Civil Veterinary Dept. Bombay admin report 1893-99 - 1893-1899
Year: 1893
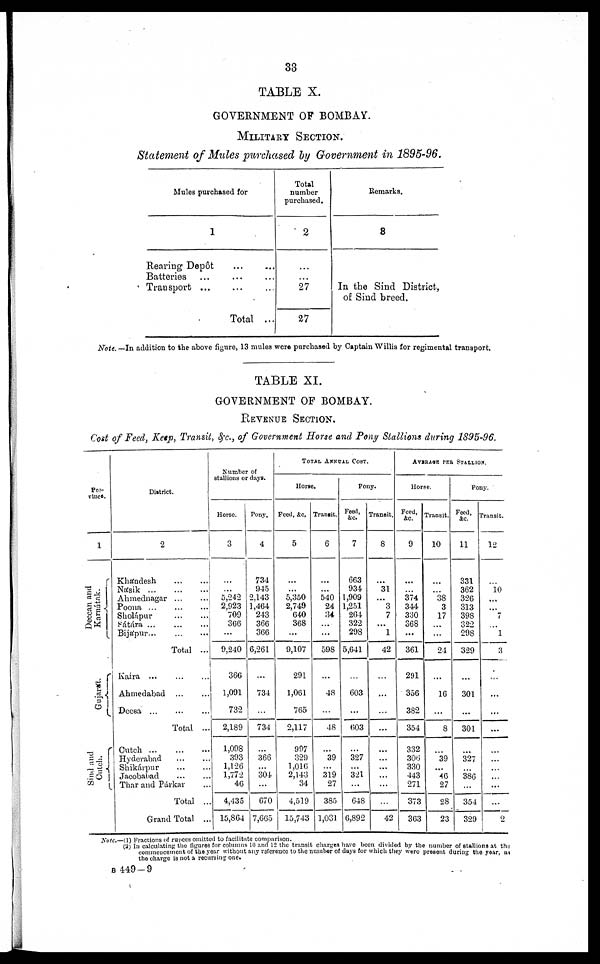
33
TABLE X.
GOVERNMENT OF BOMBAY.
MILITARY SECTION.
Statement of Mules purchased by Government in 1895-96.
Mules purchased for
1
Rearing Depôt ... ...
Batteries ... ... ...
Transport ... ... ...
Total ...
Total
number
purchased.
2
...
...
27
27
Remarks.
3
In the Sind District,
of Sind breed.
Note. — In addition to the above figure, 13 mules were purchased by Captain Willis for regimental transport.
TABLE XI.
GOVERNMENT OF BOMBAY.
REVENUE SECTION.
Cost of Feed, Keep, Transit, &c., of Government Horse and Pony Stallions during 1895-96.
Pro¬
vince.
1
Deccan and
Karnátak.
Gujarát.
Sind and
Cutch.
District.
2
Khándesh
...
...
Násik
...
...
...
Ahmednagar
...
...
Poona
...
...
...
Sholápur
...
...
Sátára
...
...
...
Bijápur... ... ...
Total ...
Kaira
...
...
...
Ahmedabad ... ...
Deesa ... ... ...
Total ...
Cutch
...
...
...
Hyderabad
...
...
Shikárpur
...
...
Jacobabad ... ...
Thar and Párkar ...
Total ...
Grand Total ...
Number of
stallions or days.
Horse.
3
...
...
5,242
2,923
709
366
...
9,240
366
1,091
732
2,189
1,093
393
1,126
1,772
46
4,435
15,864
Pony.
4
734
945
2,143
1,464
243
366
366
6,261
...
734
...
734
...
366
...
304
...
670
7,665
TOTAL ANNUAL COST.
Horse.
Feed, &c.
5
...
...
5,350
2,749
640
368
...
9,107
291
1,061
765
2,117
997
329
1,016
2,143
34
4,519
15,743
Transit.
6
...
...
540
24
34
...
...
598
...
48
...
48
...
39
...
319
27
385
1,031
Pony.
Feed,
&c.
7
663
934
1,909
1,251
264
322
298
5,641
...
603
...
603
...
327
...
321
...
648
6,892
Transit.
8
...
31
...
3
7
...
1
42
...
...
...
...
...
...
...
...
...
...
42
AVERAGE PER STALLION.
Horse.
Feed,
&c.
9
...
...
374
344
330
368
...
361
291
356
382
354
332
306
330
443
271
373
363
Transit.
10
...
...
38
3
17
...
...
24
...
16
...
8
...
39
...
46
27
28
23
Pony.
Feed,
&c.
11
331
362
326
313
398
322
298
329
...
301
...
301
...
327
...
386
...
354
329
Transit.
12
...
10
...
...
7
...
1
3
...
...
...
...
...
...
...
...
...
...
2
Note.—(1) Fractions of rupees omitted to facilitate comparison.
(2) In calculating the figures for columns 10 and 12 the transit charges have been divided by the number of stallions at the
commencement of the year without any reference to the number of days for which they were present during the year, as
the charge is not a recurring one.
B 449-9